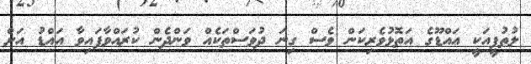
ލުތުފީއަކީ އައްޑޫގެ އަތޮޅުވެރިކަން ވެސް ގިނަ ދުވަސްތަކެއް ވަންދެން ކުރައްވާފައިވާ އައްޑު އަށް